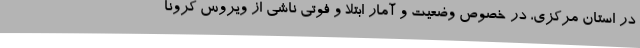
در استان مرکزی، در خصوص وضعیت و آمار ابتلا و فوتی ناشی از ویروس کرونا